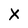
Character: X